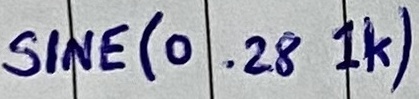
Text: SINE(0 .28 1K)